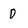
Character: 0